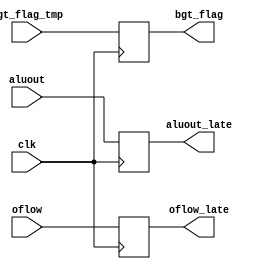
module aluoutReg(clk, aluout, aluout_late, oflow, oflow_late,bgt_flag_tmp,bgt_flag);
  input clk;
  input [31:0] aluout;
  input oflow;
  input bgt_flag_tmp;
  output reg [31:0] aluout_late;
  output reg oflow_late;
  output reg bgt_flag;
  
  always@(posedge clk)
  begin
    aluout_late <= aluout;
    oflow_late <= oflow;
    bgt_flag <= bgt_flag_tmp;
  end
  
endmodule